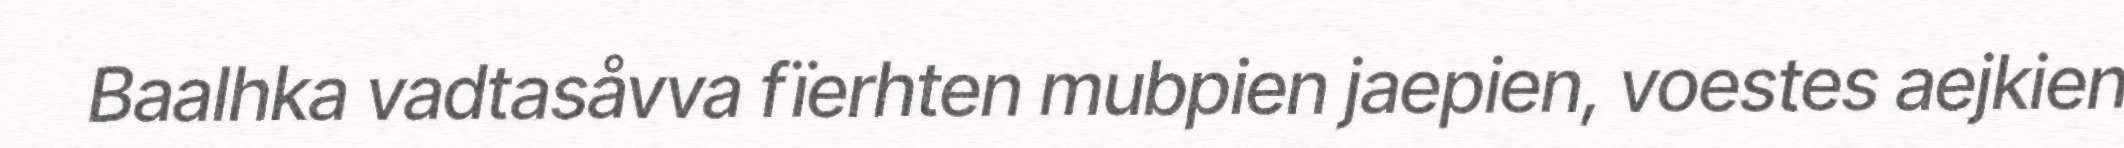
Baalhka vadtasåvva fïerhten mubpien jaepien, voestes aejkien